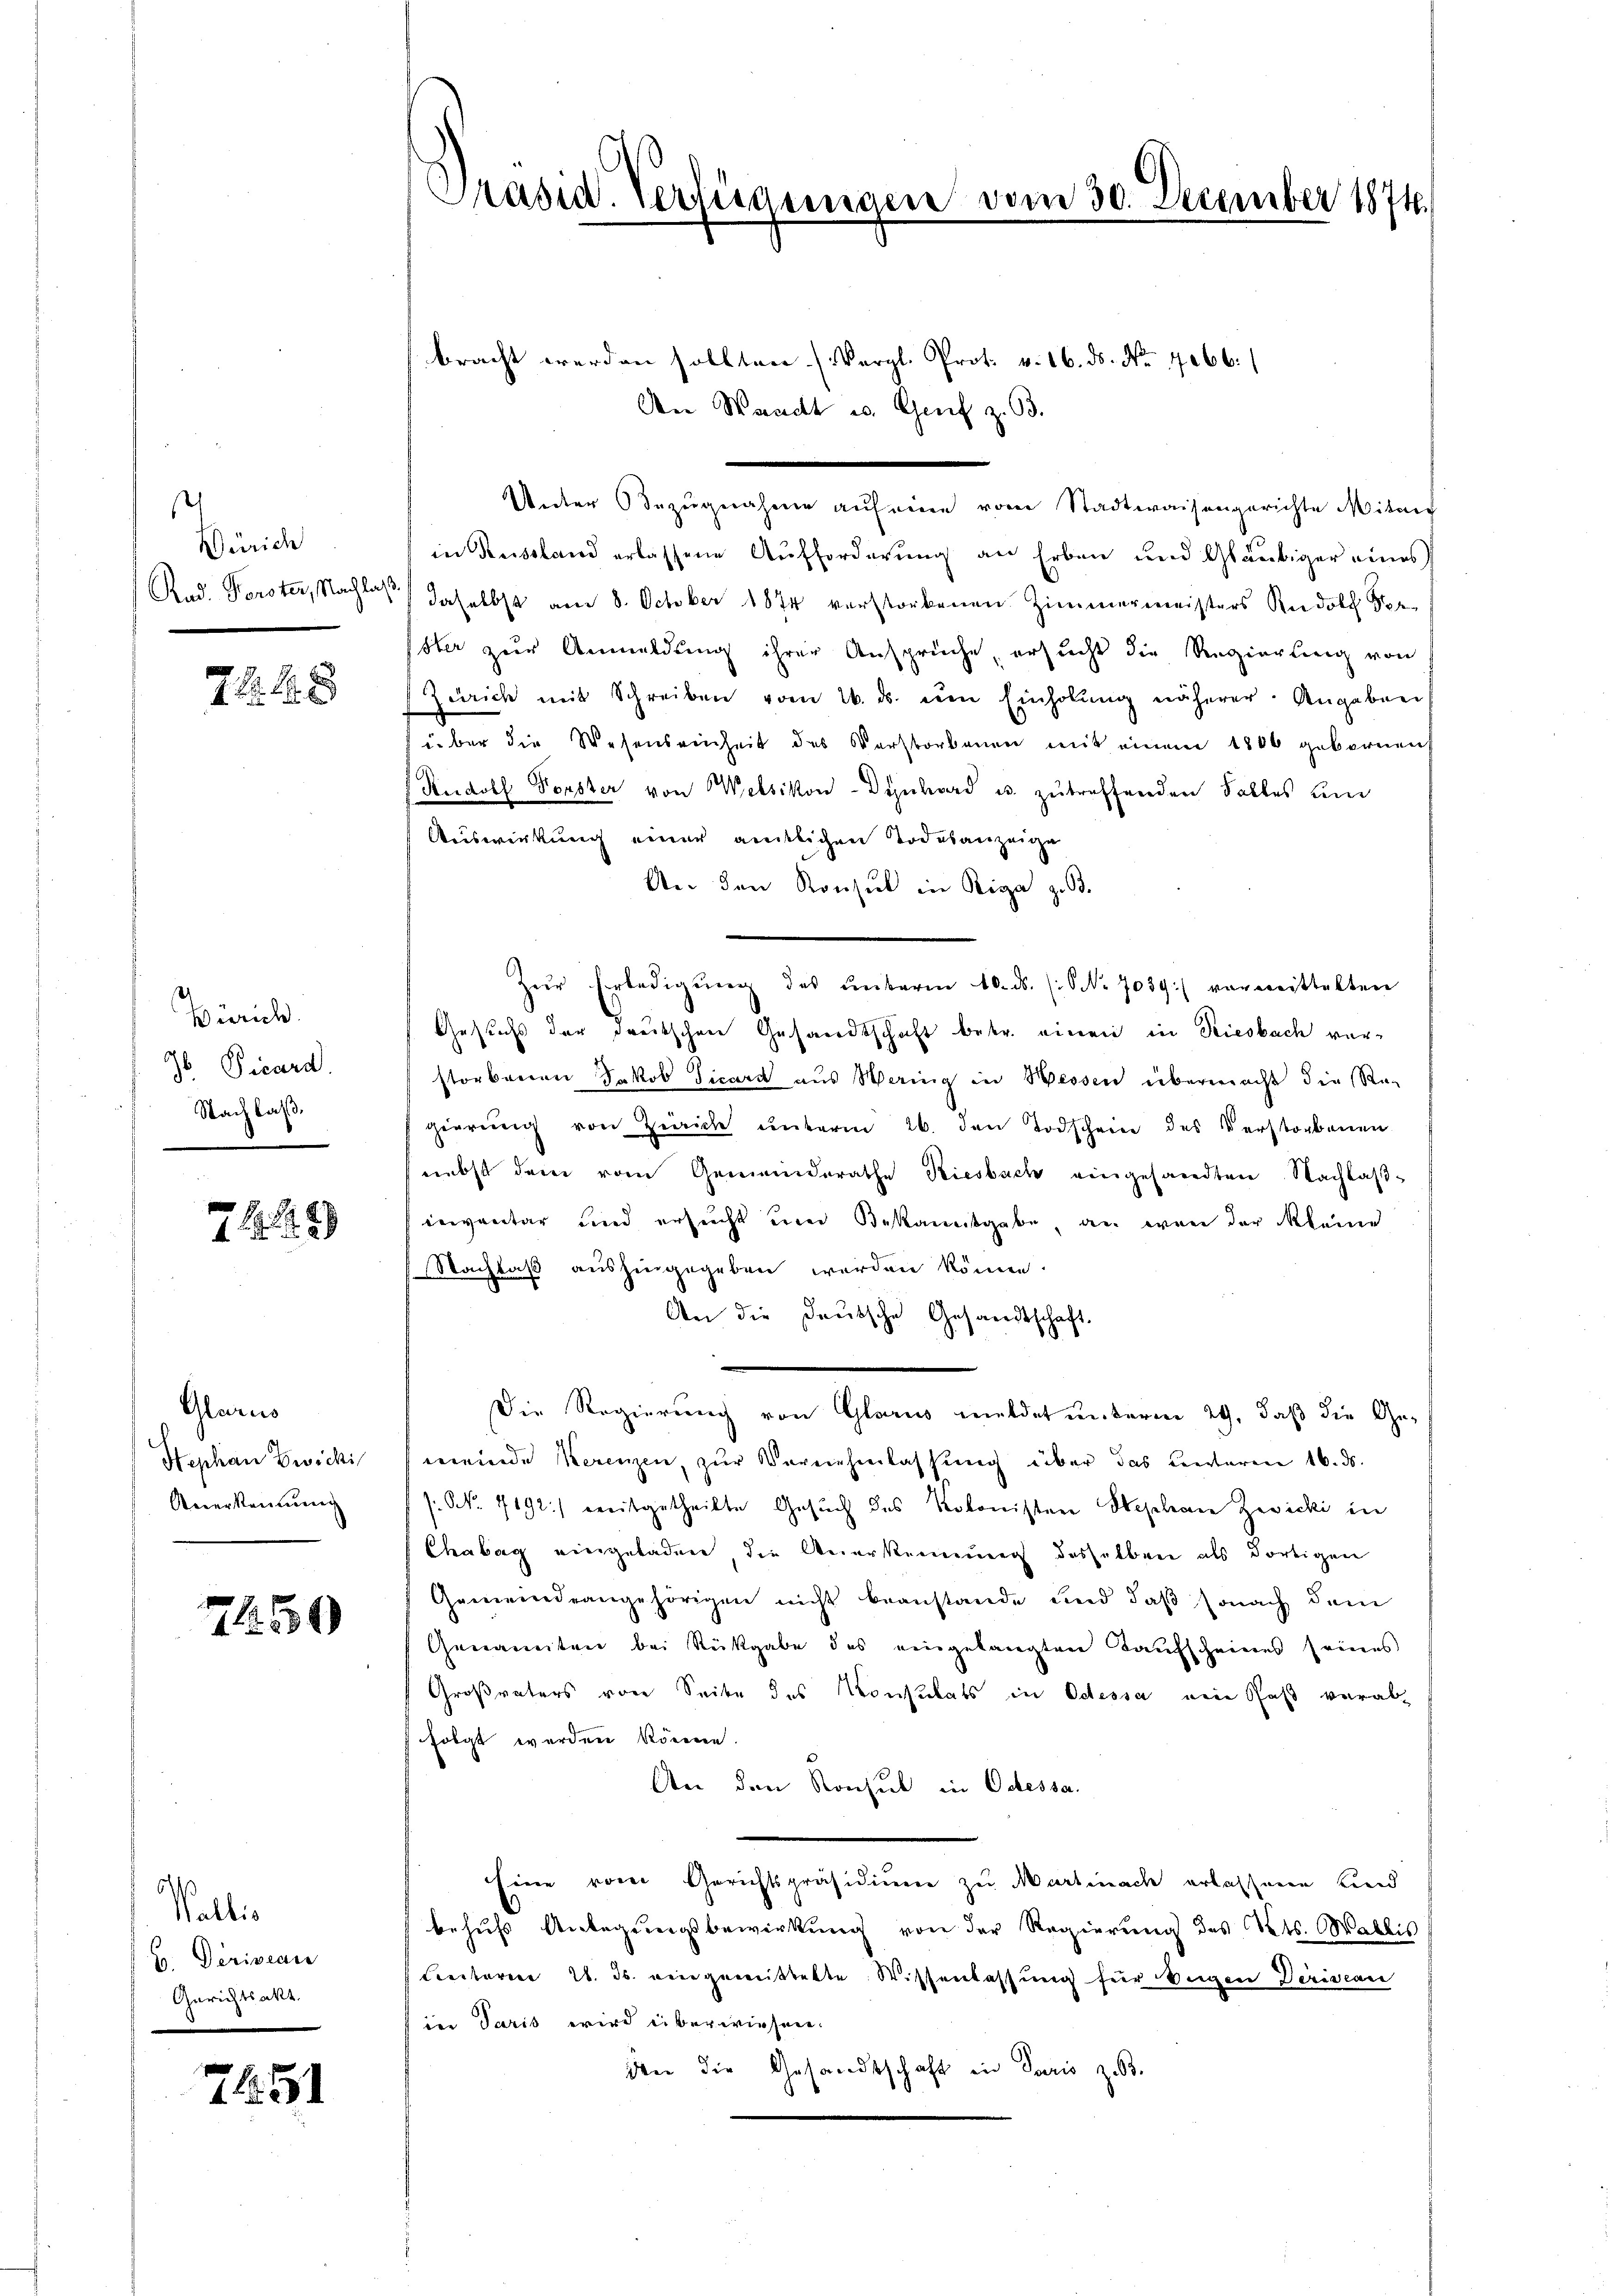
Zürich
Rud. Forster, Nachlaß.

7 f 2 x

Zürich.
 Vicard.
Nachlaß.

769

Glarus
Stephan Zwicki
Reverkammeng

2 50

Wallis
u. Deriveau
Gerichtsakt.

7451

Präsid. Verfügungen vom 30. December 1874.

bracht werden sollten. (Vergl. Prot. v. 16. ds. No 7066.
An Waadt u. Genf z. 63.
Unter Bezugnahme auf eine vom Stadtwaisengerichte Mitar
in Russland erlassene Aufforderung an Erben und Gläubiger eines
daselbst am 8. October 1874 verstorbenen Zimmermeisters Rudolf Spe-
ster zur Anmeldung ihrer Ansprüche, ersucht die Regierung von
(Zürich mit Schreiben vom 26. ds. im Einholŭng näherer. Angaben
über die Wesensreiheit des Verstorbenen mit einem 1806 gebornen
Rudolf Forster von Welsikon - Dynhard u. zutreffenden Falles und
Auswirkung einer amtlichen Todesanzeige
An den Konsul in Riga z. B.
Zŭr Erledigŭng des ŭnterm 10. ds. (: NNo. 7039) verweittelten
Gesuchs der Freitschen Gesandtschaft betr. einen in Riesbach verstorbenen Jakob Ticard aus Weing in Wessen übermacht die Re-
gierŭng von Zürich ŭnterm 26. den Todschein des Verstorbenen
nebst dem vom Gemeinderathe Riesbach eingesandten Nachlaßinventar und ersucht einer Bekanntgabe, an wan der Kleine
Nachlaß aushingegeben werden könne.
An die Deutsche Gesandtschaft
Die Regierung von Glarus meldet unterm 29. daß die Gemeinde Kerenzen, zur Vernehmlassung über das unteren 16. ds.
s N. 7192) weitgetheilte Gesuch des Kolonisten Stephan Zwicki in
Chabag eingeladen die Anerkennung desselben als dortigen
Gemeindeangehörigen nicht beanstande und daß sonach dem
Genannten bei Rückgabe des eingelangten Kaŭfscheines seines
Großvaters von Seite des Konsulats in Odessa ein Paß verabfolgt werden können.
An den Konsul in Odessa.
Eine vom Gerichtspräsidium zu Martinach erlassene Kind
behufs Anlegungsbewirkung von der Regierung des Kts. Wallis
Cectoren 2. ds. eingewistette Wissenlassung für beigen Deriveau
in Paris wird überwiesen.
dnn die Gesandtschaft in Paris z. B.